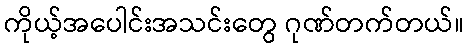
ကိုယ့်အပေါင်းအသင်းတွေ ဂုဏ်တက်တယ်။